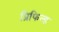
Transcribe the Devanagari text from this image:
प्रिफिल्ड